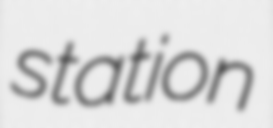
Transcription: station